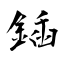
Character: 鍤